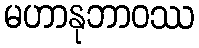
မဟာနုဘာဝဿ